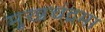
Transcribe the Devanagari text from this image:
मुखचंद्रमा